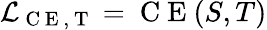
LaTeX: \mathcal{L}_{\mathrm{~C~E~,~T~}}=\mathrm{~C~E~}(S,T)